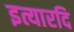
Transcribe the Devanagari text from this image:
इत्यारदि